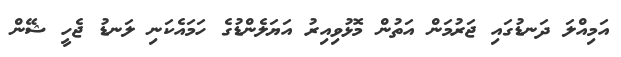
އަމިއްލަ ދަނޑުގައި ޖަރުމަން އަތުން މޮޅުވިއިރު އަޔަލެންޑުގެ ހަމައެކަނި ލަނޑު ޖެހީ ޝޭން